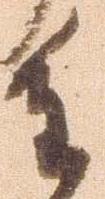
重